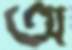
অ